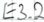
Text: E3.2